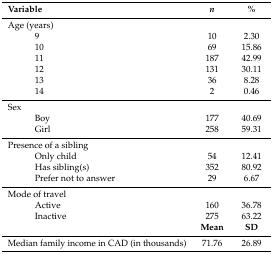
| Variable | n | % |
 | --- | --- | --- |
 | Age (years) |  |  |
 | 9 | 10 | 2.30 |
 | 10 | 69 | 15.86 |
 | 11 | 187 | 42.99 |
 | 12 | 131 | 30.11 |
 | 13 | 36 | 8.28 |
 | 14 | 2 | 0.46 |
 | Sex |  |  |
 | Boy | 177 | 40.69 |
 | Girl | 258 | 59.31 |
 | Presence of a sibling |  |  |
 | Only child | 54 | 12.41 |
 | Has sibling(s) | 352 | 80.92 |
 | Prefer not to answer | 29 | 6.67 |
 | Mode of travel |  |  |
 | Active | 160 | 36.78 |
 | Inactive | 275 | 63.22 |
 |  | Mean | SD |
 | Median family income in CAD (in thousands) | 71.76 | 26.89 |